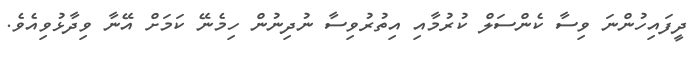
ދީފައިހުންނަ ވިސާ ކެންސަލް ކުރުމާއި އިތުރުވިސާ ނުދިނުން ހިމެނޭ ކަމަށް އޭނާ ވިދާޅުވިއެވެ.